Indian Civil Veterinary Department memoirs
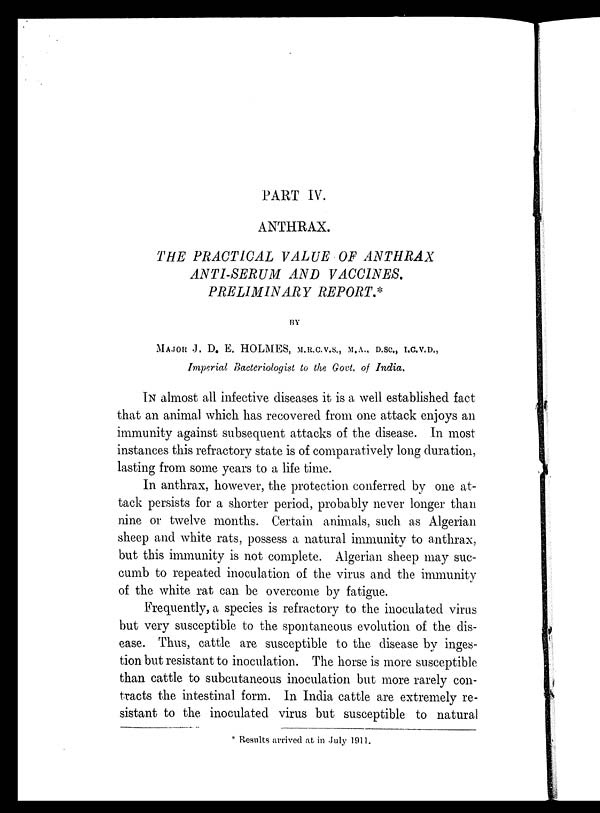
PART IV.
ANTHRAX.
THE PRACTICAL VALUE OF ANTHRAX
ANTI-SERUM AND
VACCINES.
PRELIMINARY
REPORT.*
BY
MAJOR J. D. E. HOLMES, M.R.C.V.S., M.A.. D.Sc., I.C.V.D.,
Imperial Bacteriologist to the Govt. of India.
IN almost all infective diseases it is a well established fact
that an animal which has recovered from one attack enjoys an
immunity against subsequent attacks of the disease. In most
instances this refractory state is of comparatively long duration,
lasting from some years to a life time.
In anthrax, however, the protection conferred by one at-
tack persists for a shorter period, probably never longer than
nine or twelve months. Certain animals, such as Algerian
sheep and white rats, possess a natural immunity to anthrax,
but this immunity is not complete. Algerian sheep may suc-
cumb to repeated inoculation of the virus and the immunity
of the white rat can be overcome by fatigue.
Frequently, a species is refractory to the inoculated virus
but very susceptible to the spontaneous evolution of the dis-
ease. Thus, cattle are susceptible to the disease by inges-
tion but resistant to inoculation. The horse is more susceptible
than cattle to subcutaneous inoculation but more rarely con-
tracts the intestinal form. In India cattle are extremely re-
sistant to the inoculated virus but susceptible to natural
* Results arrived at in July 1911.